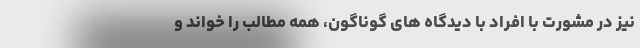
نیز در مشورت با افراد با دیدگاه های گوناگون، همه مطالب را خواند و